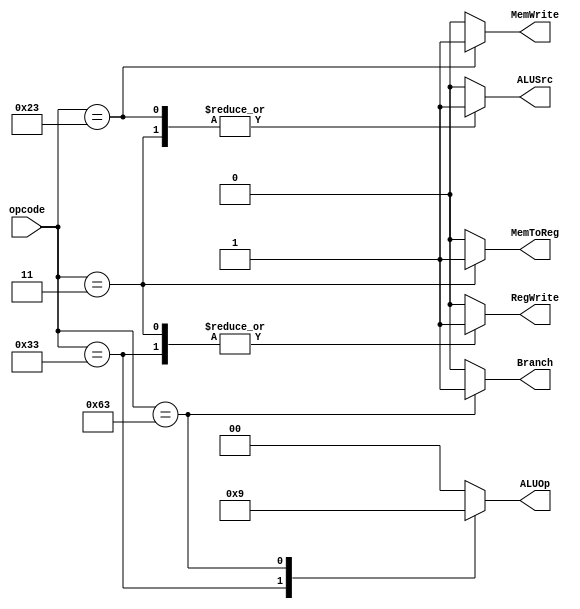
module ControlUnit (
    input wire [6:0] opcode,
    output reg [1:0] ALUOp,
    output reg MemWrite,
    output reg RegWrite,
    output reg ALUSrc,
    output reg MemToReg,
    output reg Branch
);

    always @(*) begin
        case (opcode)
            7'b0110011: begin // R-type
                ALUOp = 2'b10;
                MemWrite = 0;
                RegWrite = 1;
                ALUSrc = 0;
                MemToReg = 0;
                Branch = 0;
            end
            7'b0000011: begin // Load
                ALUOp = 2'b00;
                MemWrite = 0;
                RegWrite = 1;
                ALUSrc = 1;
                MemToReg = 1;
                Branch = 0;
            end
            7'b0100011: begin // Store
                ALUOp = 2'b00;
                MemWrite = 1;
                RegWrite = 0;
                ALUSrc = 1;
                MemToReg = 0;
                Branch = 0;
            end
            7'b1100011: begin // Branch
                ALUOp = 2'b01;
                MemWrite = 0;
                RegWrite = 0;
                ALUSrc = 0;
                MemToReg = 0;
                Branch = 1;
            end
            default: begin
                ALUOp = 2'b00;
                MemWrite = 0;
                RegWrite = 0;
                ALUSrc = 0;
                MemToReg = 0;
                Branch = 0;
            end
        endcase
    end

endmodule